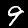
Label: 9